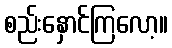
စည်းနှောင်ကြလော့။